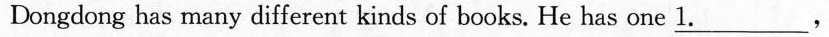
Dongdong has many different kinds of books. He has one \underline{1.}